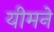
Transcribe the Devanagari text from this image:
यीमने